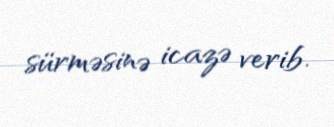
sürməsinə icazə verib.